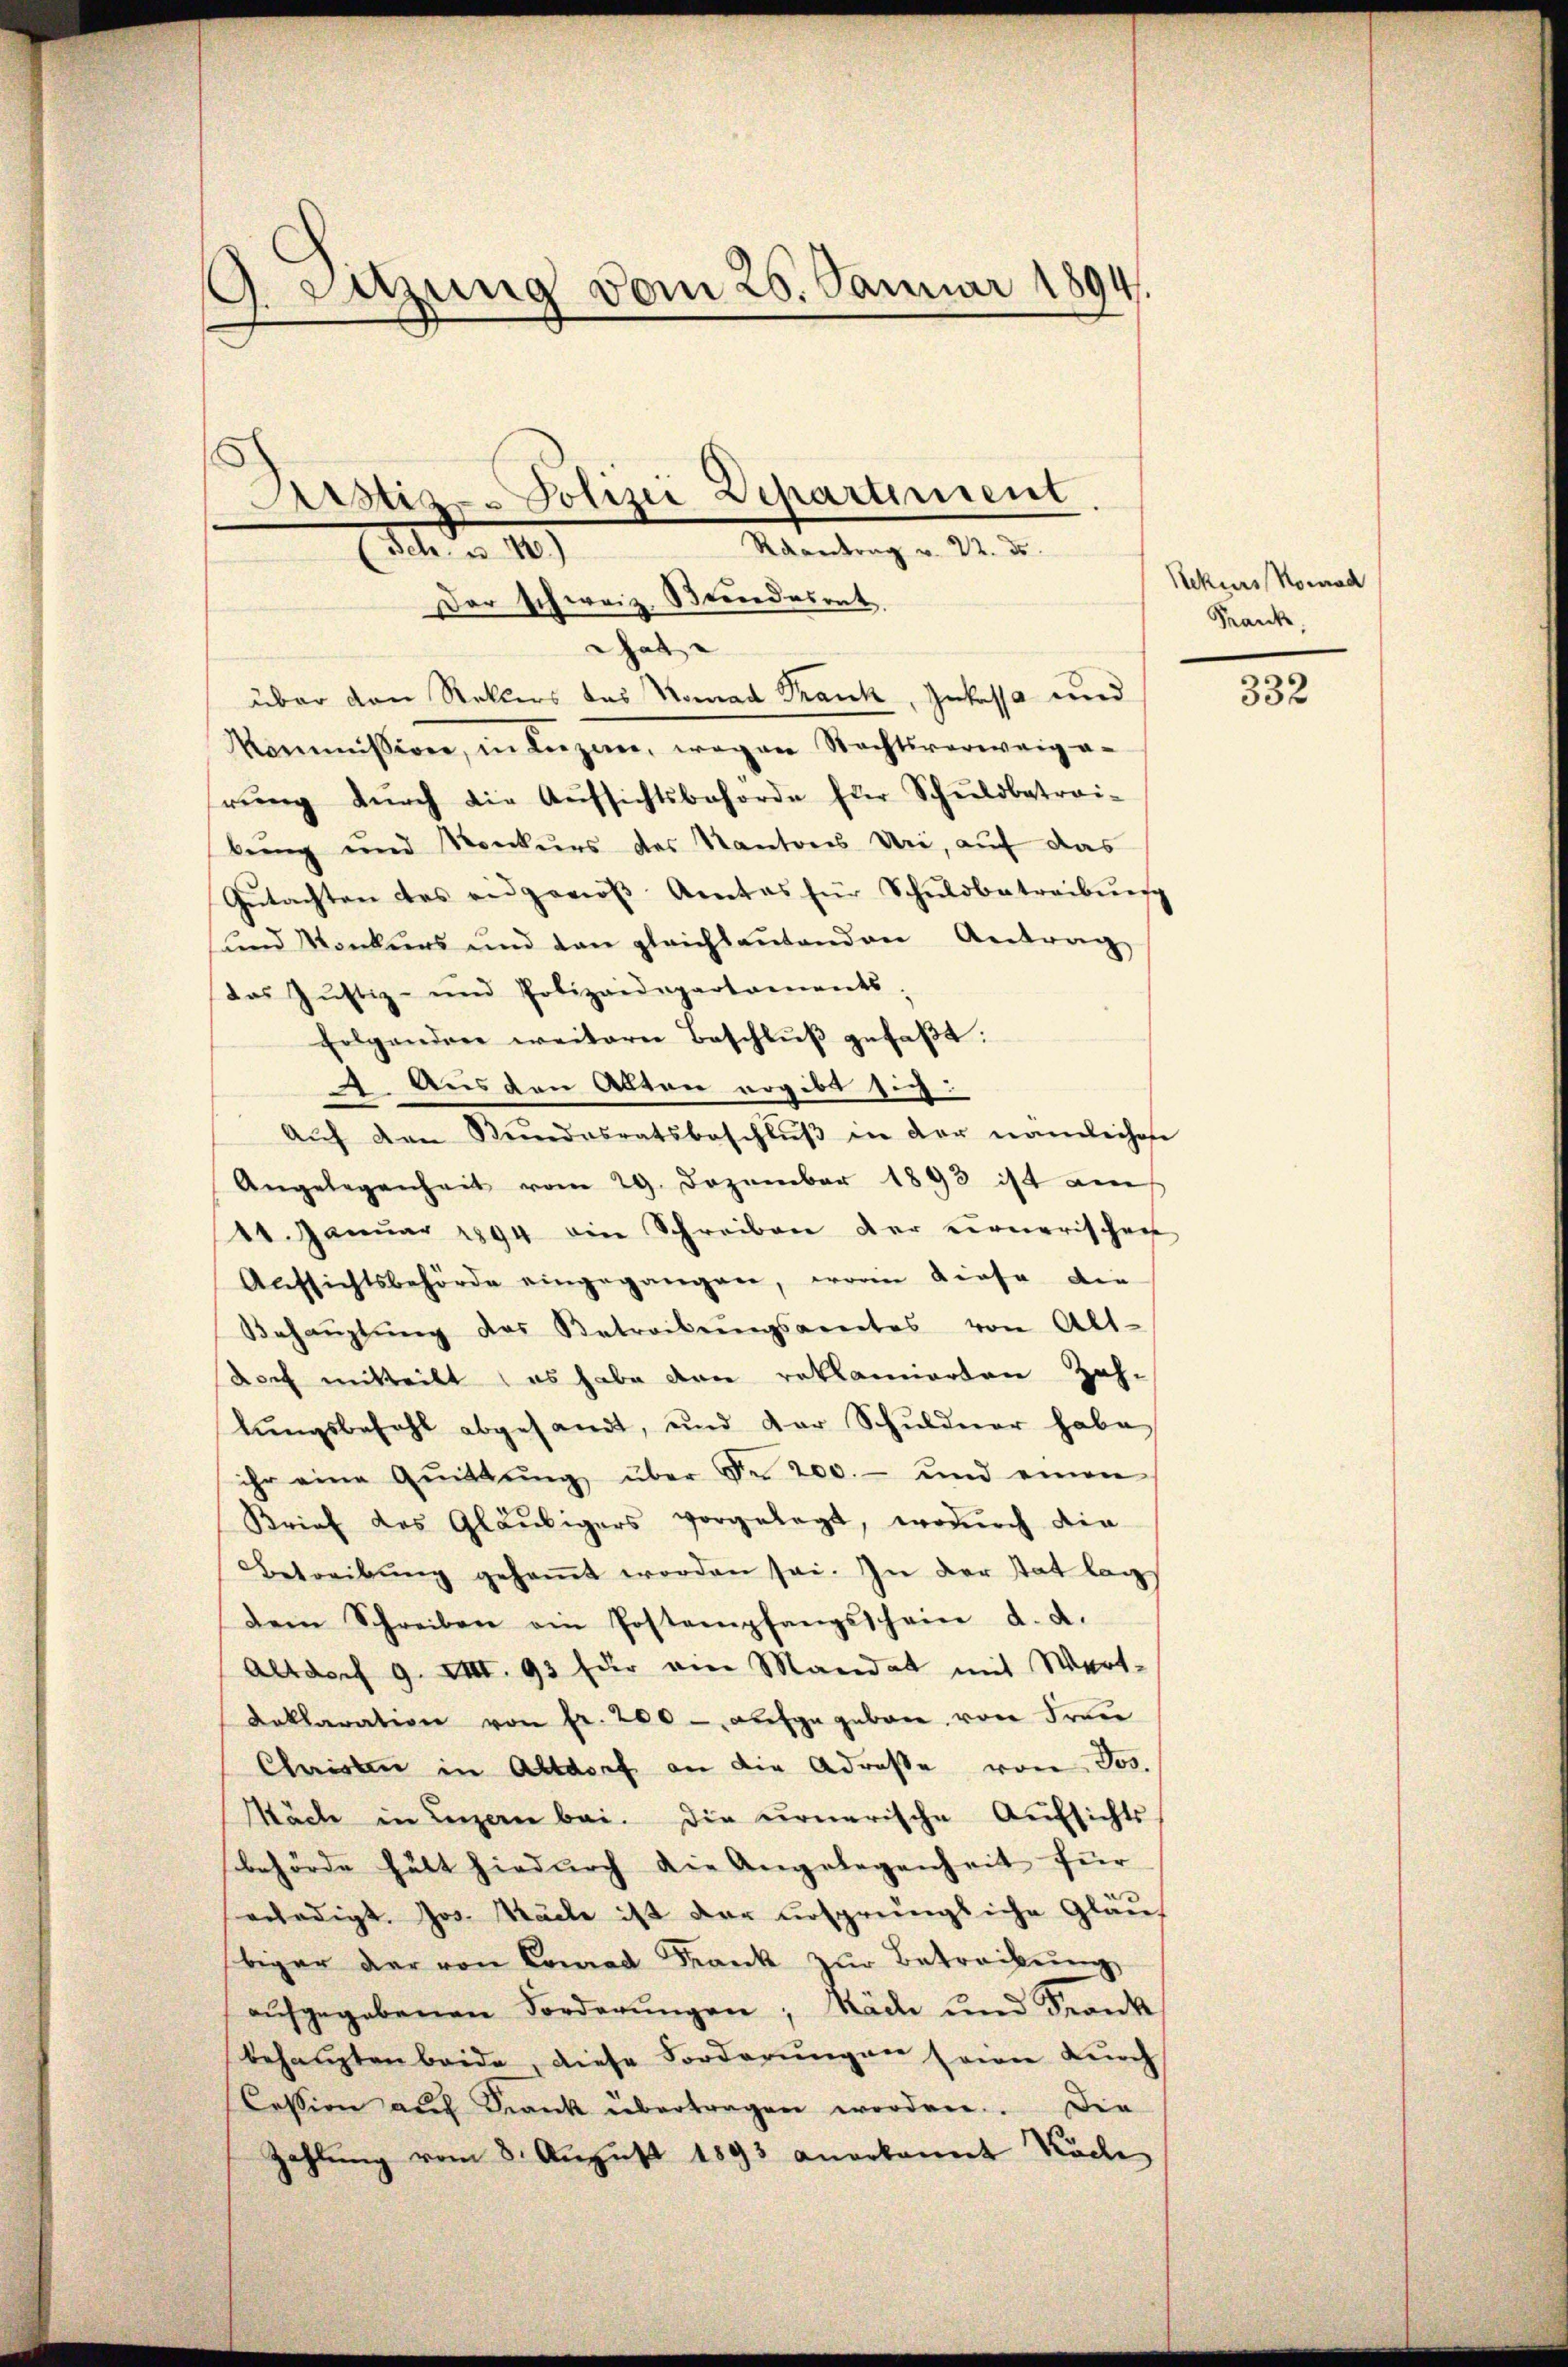
3. Sitzung vom 25. Januar 1894.

That
über den Retters das Konrad Frank, Inkassa und
Kommission, in Lŭzern, wegen Nachtsverweig a-
rŭng dŭrch die Aŭfsichtsbehörde für Schuldbetrai-
bung und Konkurs des Kantons Uri, auf das
Gŭtachten das eidgenöβ Amtes für Schuldbetreibŭng
ŭnd Konkŭrs und dan gleichtantenden Antrag
das Justiz- und Polizeidepartaments
Folgendere weitere Beschlŭβ gefaβt:
. Aus den Alten ergibt sich:
Aŭf den Bundesratsbeschlŭβ in der nämlichen
Angelegenheit vom 29. Dezember 1893 ist am
11. Januar 1894 ein Schreiben der vernerischen
Aŭfsichtsbehörde eingegangen, worin diese die
Behaŭptŭng des Betreibŭngsamtes von Alt-
doch mitteilt es habe den reklamierten Zah-
lŭngsbezahl abgesandt, und der Schŭldner habe
ihr eine Qŭittŭng über Fr. 200.- und einen
Brief des Gläubigers vorgelegt, wodŭrch die
Betreibŭng gesaṁt worden sei. In der stat lag
dem Schreiben ein Postempfangsschein d. d.
Altdorf 9. III. 93 für am Mandat mit Wert-
Daklaration von fr. 200 - aufgegeben von Freie
Christen in Altdorf an die Adresse von Jos.
Mäche in Luzern bei. Die urnerische Aufsichts
behörde hält hiedurch die Angelegenheit für
erledigt. Jos. Sache ist der ursprüngliche Gläu-
biger der von Conrad Frank zŭr Betreibung
aŭfgegebenen Forderŭngen; Näde ŭnd Frank
behaupten beide, diese Forderungen seien durch
Cession auf Kranck übertragen worden. Die
Zahlŭng vom 8. Aŭgŭst 1893 anerkannt Koche

Arstiz-Polizei Departement
Raantrag v. 22. ds.
Febr. 10)
Der schweiz. Bundesrat

Rekurs Komad
Frank.

332